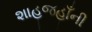
શાહજહાઁની